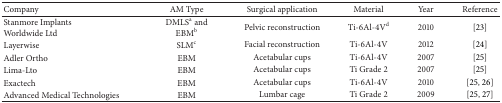
<table><thead><tr><td><b>Company</b></td><td><b>AM Type</b></td><td><b>Surgical application</b></td><td><b>Material</b></td><td><b>Year </b></td><td><b>Reference</b></td></tr></thead><tbody><tr><td>Stanmore Implants Worldwide Ltd</td><td>DMLS<sup>a</sup> and EBM<sup>b</sup></td><td>Pelvic reconstruction</td><td>Ti-6Al-4V<sup>d</sup></td><td>2010</td><td>[23]</td></tr><tr><td>Layerwise </td><td>SLM<sup>c</sup></td><td>Facial reconstruction</td><td>Ti-6Al-4V</td><td>2012</td><td>[24]</td></tr><tr><td>Adler Ortho</td><td>EBM</td><td>Acetabular cups</td><td>Ti-6Al-4V</td><td>2007</td><td>[25]</td></tr><tr><td>Lima-Lto</td><td>EBM</td><td>Acetabular cups</td><td>Ti Grade 2</td><td>2007</td><td>[25]</td></tr><tr><td>Exactech</td><td>EBM</td><td>Acetabular cups</td><td>Ti-6Al-4V</td><td>2010</td><td>[25, 26]</td></tr><tr><td>Advanced Medical Technologies</td><td>EBM</td><td>Lumbar cage</td><td>Ti Grade 2</td><td>2009</td><td>[25, 27]</td></tr></tbody></table>